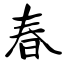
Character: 春